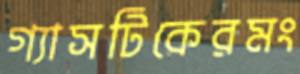
গ্যাসটিকেরমং